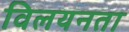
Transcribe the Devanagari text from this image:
विलयनता